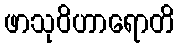
ဖာသုဝိဟာရောတိ